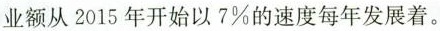
业额从2015年开始以7%的速度每年发展着。